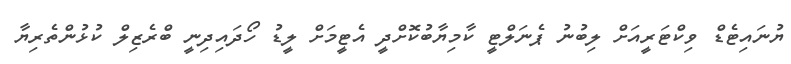
ޔުނައިޓެޑް ވިކްޓަރީއަށް ލިބުނު ޕެނަލްޓީ ކާމިޔާބުކޮށްދީ އެޓީމަށް ލީޑު ހޯދައިދިނީ ބްރެޒިލް ކުޅުންތެރިޔާ